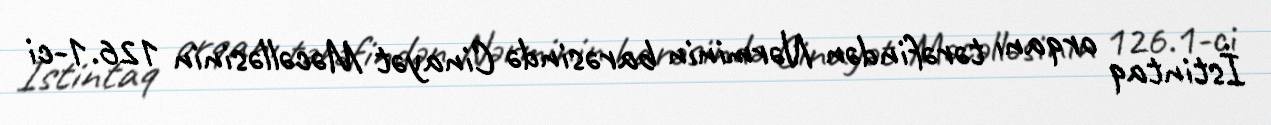
İstintaq orqanı tərəfindən Nərminin barəsində Cinayət Məcəlləsinin 126.1-ci